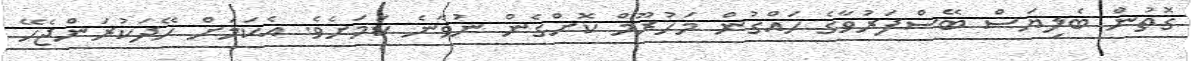
ގޮތުން ބެލިޔަސް ބޭސްފަރުވާގެ ހައްގުން މަހުރޫމް ކޮށްގެން ނުވާނެ ކަމަށެވެ. އެކަމަށް ހޭދަކުރަންޖެހޭ